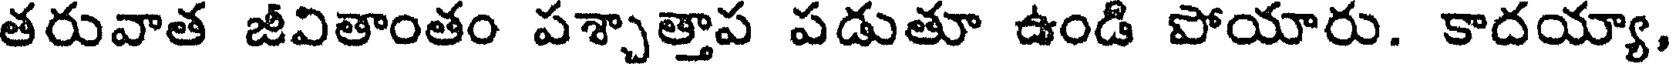
తరువాత జీవితాంతం పశ్చాత్తాప పడుతూ ఉండి పోయారు. కాదయ్యా,